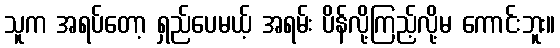
သူက အရပ်တော့ ရှည်ပေမယ့် အရမ်း ပိန်လို့ကြည့်လို့မ ကောင်းဘူး။